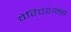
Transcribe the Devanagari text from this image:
वेरिएशन्स